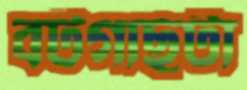
বটগাছটা